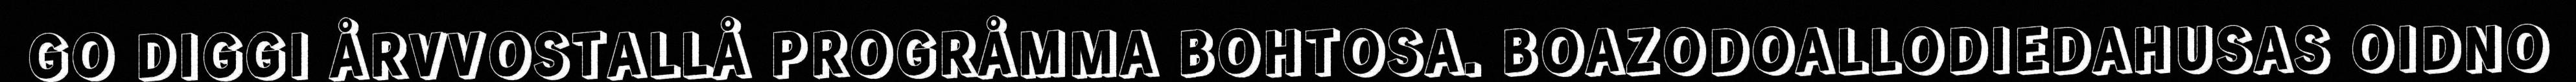
GO DIGGI ÅRVVOSTALLÅ PROGRÅMMA BOHTOSA. BOAZODOALLODIEDAHUSAS OIDNO